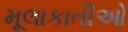
મૂલાકાતીઓ